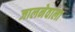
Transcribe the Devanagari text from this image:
जालनेवाला